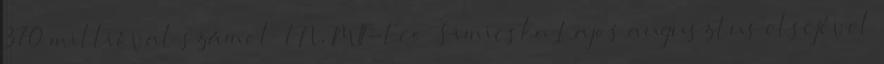
370 millióval számol FN, MIT-Eco Simicska Lajos augusztus elsejével